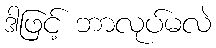
ဒါဖြင့် ဘာလုပ်မလဲ